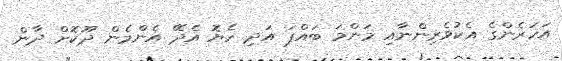
އަހަރެންގެ އެކުވެރިންނާއި މަންމަ ބައްޕަ އަދި ހެޔޮ އެދޭ އެންމެން ދޫކޮށް ދާން